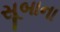
સૂબાના